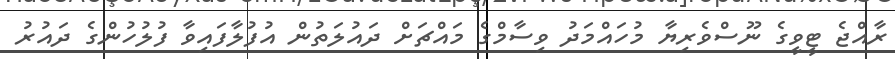
ރާއްޖެ ޓީވީގެ ނޫސްވެރިޔާ މުހައްމަދު ވިސާމްގެ މައްޗަށް ދައުލަތުން އުފުލާފައިވާ ފުލުހުންގެ ދައުރު